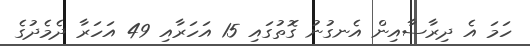
ހަމަ އެ ދިރާސާއިން އެނގުނު ގޮތުގައި 15 އަހަރާއި 49 އަހަރާ ދެމެދުގެ